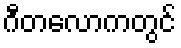
ဂီတလောကတွင်